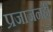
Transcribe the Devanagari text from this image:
प्रजाजनही